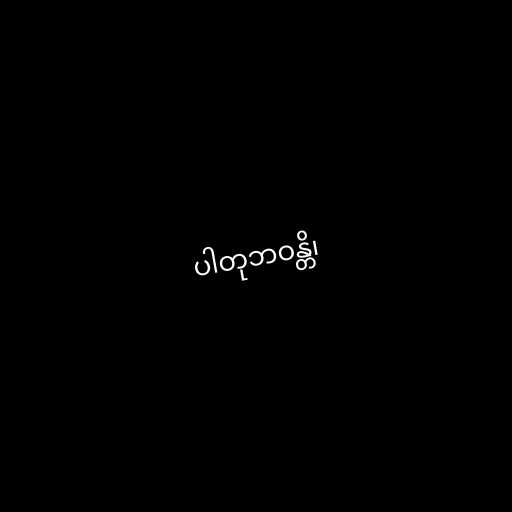
ပါတုဘဝန္တိ၊